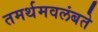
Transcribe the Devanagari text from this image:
तमर्थमवलंबते